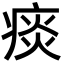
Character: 痰